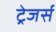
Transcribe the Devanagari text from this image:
ट्रेजर्स